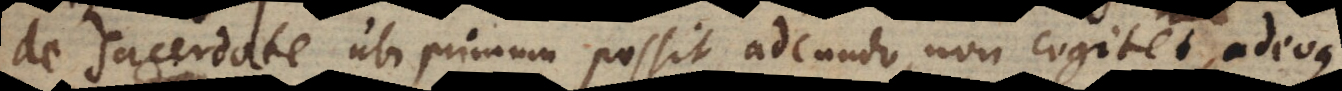
de sacerdote ubi primum possit adeundo, non cogitet, adeoque